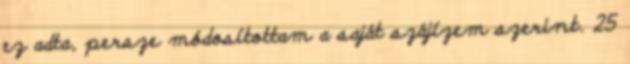
ez adta, persze módosítottam a saját szájízem szerint. 25